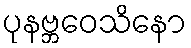
ပုနဗ္ဘဝေသိနော